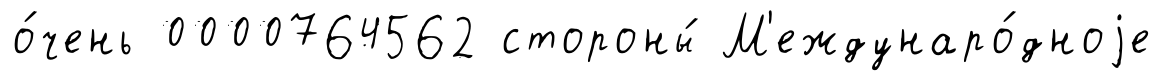
о́чень 0000764562 стороны́ М'еждунаро́дноjе